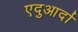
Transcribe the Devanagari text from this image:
एदुआर्दा